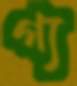
গ্য